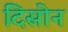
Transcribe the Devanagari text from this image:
दिसोन